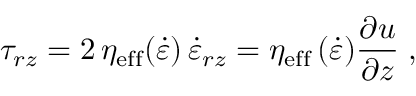
\tau _ { r z } = 2 \, \eta _ { \mathrm { e f f } } ( \dot { \varepsilon } ) \, \dot { \varepsilon } _ { r z } = \eta _ { \mathrm { e f f } } \, ( \dot { \varepsilon } ) \frac { \partial u } { \partial z } \; ,